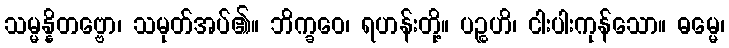
သမ္မန္နိတဗ္ဗော၊ သမုတ်အပ်၏။ ဘိက္ခဝေ၊ ရဟန်းတို့။ ပဉ္စဟိ၊ ငါးပါးကုန်သော။ ဓမ္မေ၊